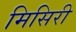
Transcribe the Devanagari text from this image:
मिसिरी